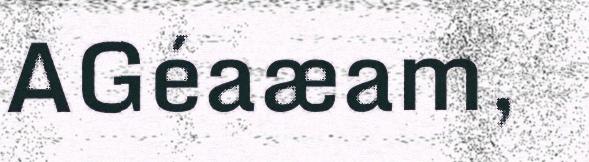
AGéaæam,